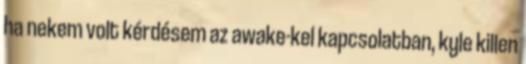
ha nekem volt kérdésem az awake-kel kapcsolatban, kyle killen